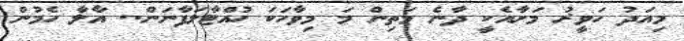
މިއަދު ހަވީރު މަށާއެކީ ދާނެ މަތިން މަ މިވާހަކަ ހުއްޓާލަފާނަން.. އާލާ ހެމުން